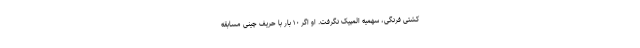
کشتی فرنگی، سهمیه المپیک نگرفت. او اگر ۱۰ بار با حریف چینی مسابقه